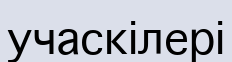
учаскілері